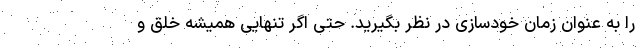
را به عنوان زمان خودسازی در نظر بگیرید. حتی اگر تنهایی همیشه خلق و